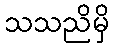
သသညိမှိ